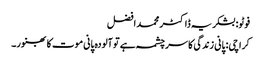
فوٹو: بشکریہ ڈاکٹر محمد افضل
کراچی: پانی زندگی کا سرچشمہ ہے تو آلودہ پانی موت کا بھنور۔